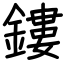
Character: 鏤